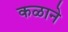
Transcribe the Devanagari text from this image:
कळाने